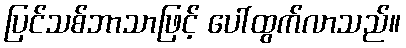
ပြင်သစ်ဘာသာဖြင့် ပေါ်ထွက်လာသည်။